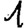
Digit: 1